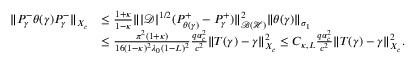
\begin{array} { r l } { \| P _ { \gamma } ^ { - } \theta ( \gamma ) P _ { \gamma } ^ { - } \| _ { X _ { c } } } & { \leq \frac { 1 + \kappa } { 1 - \kappa } \| | \mathcal D | ^ { 1 / 2 } ( P _ { \theta ( \gamma ) } ^ { + } - P _ { \gamma } ^ { + } ) \| _ { \mathcal { B } ( \mathcal { H } ) } ^ { 2 } \| \theta ( \gamma ) \| _ { \sigma _ { 1 } } } \\ & { \leq \frac { \pi ^ { 2 } ( 1 + \kappa ) } { 1 6 ( 1 - \kappa ) ^ { 2 } \lambda _ { 0 } ( 1 - L ) ^ { 2 } } \frac { q \alpha _ { c } ^ { 2 } } { c ^ { 2 } } \| T ( \gamma ) - \gamma \| _ { X _ { c } } ^ { 2 } \leq C _ { \kappa , L } \frac { q \alpha _ { c } ^ { 2 } } { c ^ { 2 } } \| T ( \gamma ) - \gamma \| _ { X _ { c } } ^ { 2 } . } \end{array}